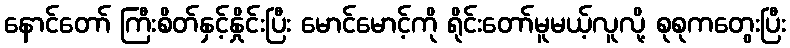
နောင်တော် ကြီးစိတ်နှင့်နှိုင်းပြီး မောင်မောင့်ကို ရိုင်းတော်မူမယ့်လူလို့ စုစုကတွေးပြီး